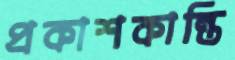
প্রকাশকান্তি